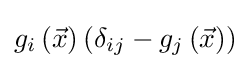
g_{i}\left({\vec {x}}\right)\left(\delta _{ij}-g_{j}\left({\vec {x}}\right)\right)